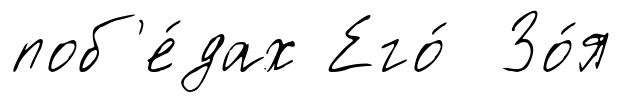
поб'е́дах Его́ Зо́я